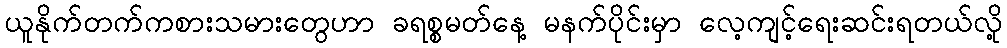
ယူနိုက်တက်ကစားသမားတွေဟာ ခရစ္စမတ်နေ့ မနက်ပိုင်းမှာ လေ့ကျင့်ရေးဆင်းရတယ်လို့